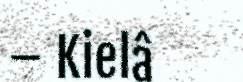
– Kielâ